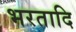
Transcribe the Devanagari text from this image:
भरतादि